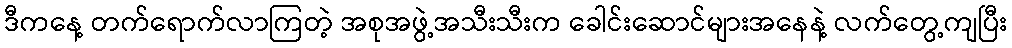
ဒီကနေ့ တက်ရောက်လာကြတဲ့ အစုအဖွဲ့အသီးသီးက ခေါင်းဆောင်များအနေနဲ့ လက်တွေ့ကျပြီး